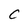
Character: C